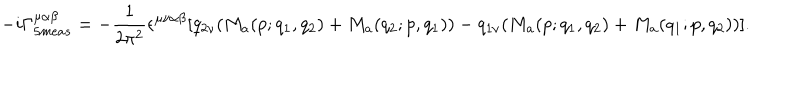
- i \Gamma _ { 5 m e a s } ^ { \mu \alpha \beta } = - \frac { 1 } { 2 \pi ^ { 2 } } \epsilon ^ { \mu \nu \alpha \beta } [ q _ { 2 \nu } ( M _ { a } ( p ; q _ { 1 } , q _ { 2 } ) + M _ { a } ( q _ { 2 } ; p , q _ { 1 } ) ) - q _ { 1 \nu } ( M _ { a } ( p ; q _ { 1 } , q _ { 2 } ) + M _ { a } ( q _ { 1 } ; p , q _ { 2 } ) ) ] .